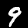
Digit: 9